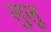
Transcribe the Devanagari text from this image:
लुलू